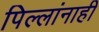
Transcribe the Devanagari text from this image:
पिल्लांनाही